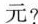
元?